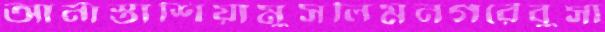
আনাস্তাশিয়ামুসলিমনগরেবুসা